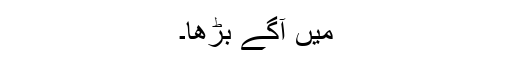
میں آگے بڑھا۔